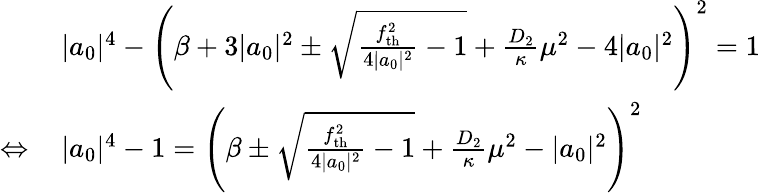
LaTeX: \begin{array}{rl}&{|a_{0}|^{4}-\left(\beta+3|a_{0}|^{2}\pm\sqrt{\frac{f_{\mathrm{th}}^{2}}{4|a_{0}|^{2}}-1}+\frac{D_{2}}{\kappa}\mu^{2}-4|a_{0}|^{2}\right)^{2}=1}\\ {\Leftrightarrow\, }&{|a_{0}|^{4}-1=\left(\beta\pm\sqrt{\frac{f_{\mathrm{th}}^{2}}{4|a_{0}|^{2}}-1}+\frac{D_{2}}{\kappa}\mu^{2}-|a_{0}|^{2}\right)^{2}}\end{array}